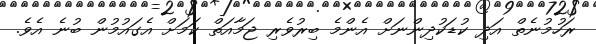
ރަހުމުނެތް އަދި ކުޑަކުދިންނަށް އެންމެ ބިރުވެރި ޖަމާއަތް ކަމަށް އެގައުމުން ބުނެ އެވެ.